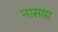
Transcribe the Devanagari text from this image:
नासाग्र